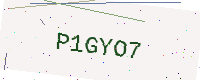
Text: P1GYO7